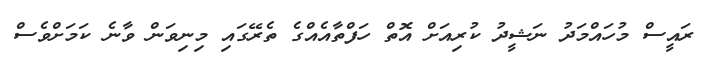
ރައީސް މުހައްމަދު ނަޝީދު ކުރިއަށް އޮތް ހަފްތާއެއްގެ ތެރޭގައި މިނިވަން ވާނެ ކަމަށްވެސް